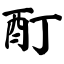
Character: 酊